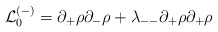
\begin{align*}{\cal L}_0^{(-)} = \partial_+\rho\partial_-\rho+ \lambda_{--} \partial_+\rho\partial_+\rho\end{align*}